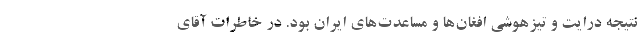
نتيجه درايت و تيزهوشي افغان‌ها و مساعدت‌هاي ايران بود. در خاطرات آقاي